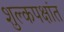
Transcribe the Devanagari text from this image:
शुल्कपक्षांत